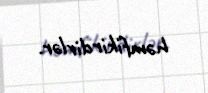
həmfikirdirlər.